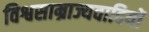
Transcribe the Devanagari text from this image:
विश्वसाम्राज्यवादियों